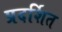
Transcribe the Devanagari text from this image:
प्रदर्शित